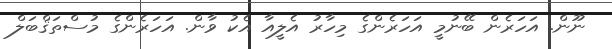
ނޫން. އަހަރެން ބޭނުމީ އަހަރެންގެ މިހާރު އެލީއާ އެކު ވާން. އަހަރެންގެ މުސްތަޤްބަލް